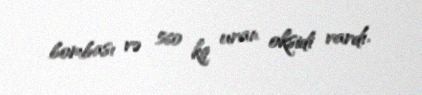
bombası və 560 kq uran oksidi vardı.